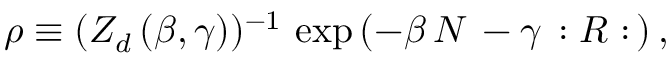
\rho \equiv ( Z _ { d } \, ( \beta , \gamma ) ) ^ { - 1 } \, \exp \, ( - \beta \, N \, - \gamma \, : { \cal R } : \, ) \, ,